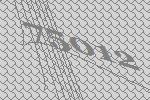
75012